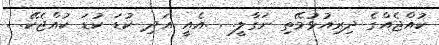
ކުއްޖެއްގެ ދިރިއުޅުމޭތި ނަގާލީ. . .އެއީ އަދި ކުޑަ ކުޑަ ކުއްޖެކޭ. .